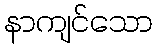
နာကျင်သော